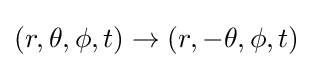
(r,\theta ,\phi ,t)\rightarrow (r,-\theta ,\phi ,t)